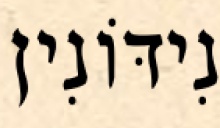
נִידּוֹנִין